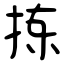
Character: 拣